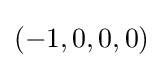
\left(-1,0,0,0\right)